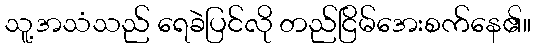
သူ့အသံသည် ရေခဲပြင်လို တည်ငြိမ်အေးစက်နေ၏။